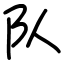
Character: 队